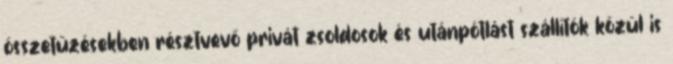
összetűzésekben résztvevő privát zsoldosok és utánpótlást szállítók közül is